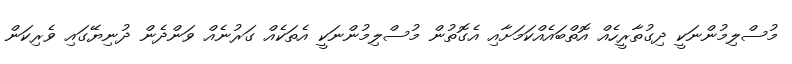
މުސްލިމުންނަކީ ދިގުތާރީހެއް އޮތްބައެއްކަމަށާއި އެގޮތުން މުސްލިމުންނަކީ އެތަކެއް ގަރުނެއް ވަންދެން ދުނިޔޭގައި ވެރިކަން